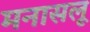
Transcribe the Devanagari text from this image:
मनासलू